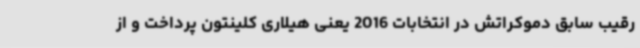
رقیب سابق دموکراتش در انتخابات 2016 یعنی هیلاری کلینتون پرداخت و از